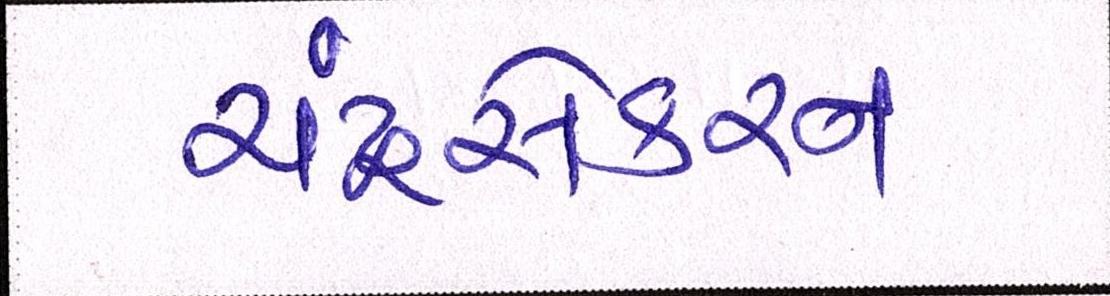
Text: ચંદ્રસેકરન